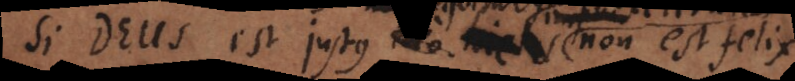
Deus est justus et pius non est felix.